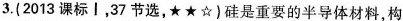
3.(2013课标丨，37节选，★★☆)硅是重要的半导体材料，构